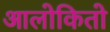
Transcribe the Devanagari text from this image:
आलोकितो